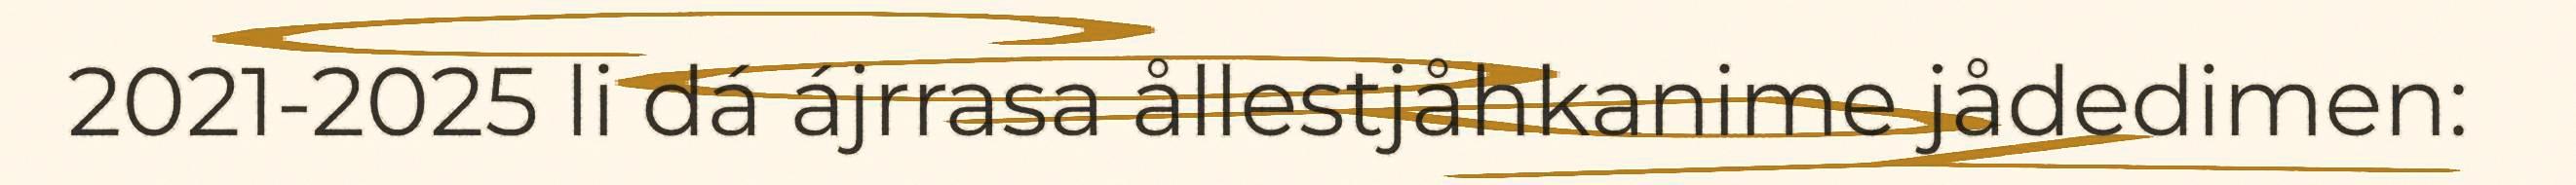
2021-2025 li dá ájrrasa ållestjåhkanime jådedimen: ​​